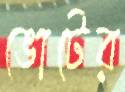
ভোটের